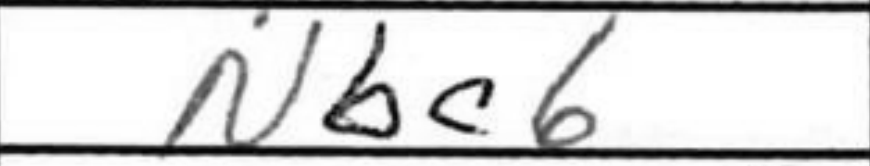
Transcription: Nbc6